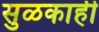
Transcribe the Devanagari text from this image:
सुळकाही